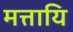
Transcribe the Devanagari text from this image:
मत्तायि